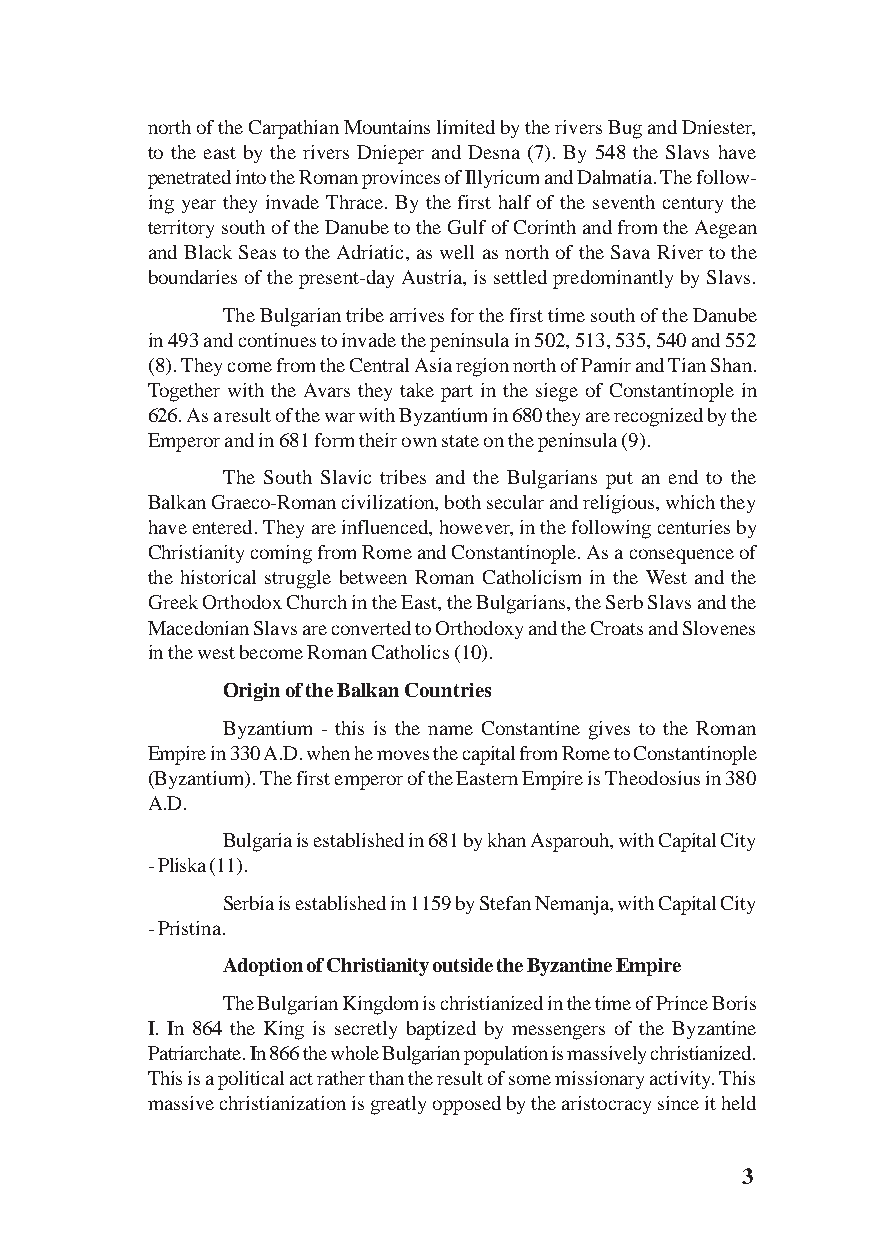
north of the Carpathian Mountains limited by the rivers Bug and Dniester,
 to the east by the rivers Dnieper and Desna (7). By 548 the Slavs have
 penetrated into the Roman provinces of Illyricum and Dalmatia. The follow-
 ing year they invade Thrace. By the first half of the seventh century the
 territory south of the Danube to the Gulf of Corinth and from the Aegean
 and Black Seas to the Adriatic, as well as north of the Sava River to the
 boundaries of the present-day Austria, is settled predominantly by Slavs.
 The Bulgarian tribe arrives for the first time south of the Danube
 in 493 and continues to invade the peninsula in 502, 513, 535, 540 and 552
 (8). They come from the Central Asia region north of Pamir and Tian Shan.
 Together with the Avars they take part in the siege of Constantinople in
 626. As a result of the war with Byzantium in 680 they are recognized by the
 Emperor and in 681 form their own state on the peninsula (9).
 The South Slavic tribes and the Bulgarians put an end to the
 Balkan Graeco-Roman civilization, both secular and religious, which they
 have entered. They are influenced, however, in the following centuries by
 Christianity coming from Rome and Constantinople. As a consequence of
 the historical struggle between Roman Catholicism in the West and the
 Greek Orthodox Church in the East, the Bulgarians, the Serb Slavs and the
 Macedonian Slavs are converted to Orthodoxy and the Croats and Slovenes
 in the west become Roman Catholics (10).
 Origin of the Balkan Countries
 Byzantium - this is the name Constantine gives to the Roman
 Empire in 330 A.D. when he moves the capital from Rome to Constantinople
 (Byzantium). The first emperor of the Eastern Empire is Theodosius in 380
 A.D.
 Bulgaria is established in 681 by khan Asparouh, with Capital City
 - Pliska (11).
 Serbia is established in 1159 by Stefan Nemanja, with Capital City
 - Pristina.
 Adoption of Christianity outside the Byzantine Empire
 The Bulgarian Kingdom is christianized in the time of Prince Boris
 I. In 864 the King is secretly baptized by messengers of the Byzantine
 Patriarchate. In 866 the whole Bulgarian population is massively christianized.
 This is a political act rather than the result of some missionary activity. This
 massive christianization is greatly opposed by the aristocracy since it held
 3